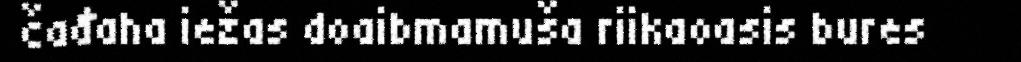
čađaha iežas doaibmamuša riikaoasis bures